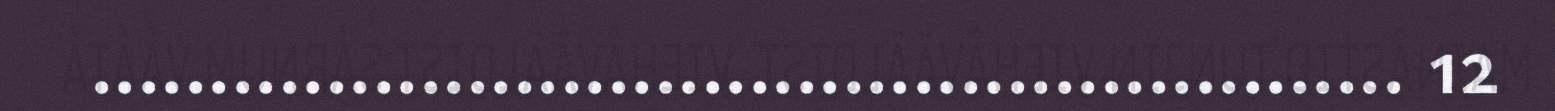
........................................................ 12